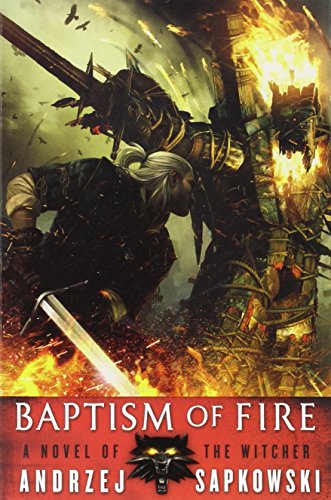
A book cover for Baptism of Fire (The Witcher); Andrzej Sapkowski; Science Fiction & Fantasy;